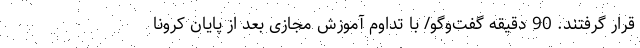
قرار گرفتند. 90 دقیقه گفت‌وگو/ با تداوم آموزش مجازی بعد از پایان کرونا